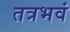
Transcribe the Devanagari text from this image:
तत्रभवं